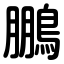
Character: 鵬